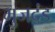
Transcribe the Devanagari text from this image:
भुजदंड